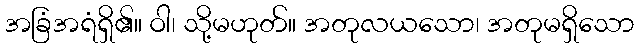
အခြံအရံရှိ၏။ ဝါ၊ သို့မဟုတ်။ အတုလယသော၊ အတုမရှိသော